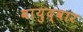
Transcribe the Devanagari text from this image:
वायुद्वार